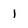
Character: 1